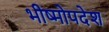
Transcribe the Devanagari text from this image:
भीष्मोपदेश